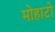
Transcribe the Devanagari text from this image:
मोहाटो